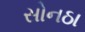
સોનઠા